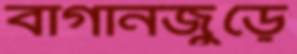
বাগানজুড়ে